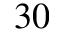
3 0